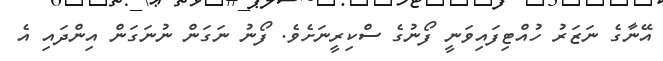
އޭނާގެ ނަޒަރު ހުއްޓިފައިވަނީ ފޯނުގެ ސްކިރީނަށެވެ. ފޯނު ނަގަން ނުނަގަން އިންދައި އެ